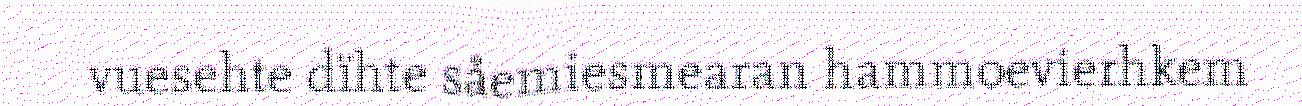
vuesehte dïhte såemiesmearan hammoevierhkem